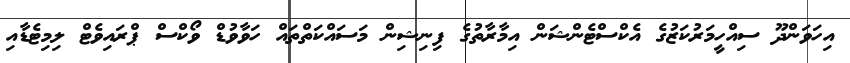
އިހަވަންދޫ ސިއްހީމަރުކަޒުގެ އެކްސްޓެންޝަން އިމާރާތުގެ ފިނިޝިން މަސައްކަތްތައް ހަވާވުޑް ވޯކްސް ޕްރައިވެޓް ލިމިޓެޑާއި